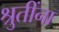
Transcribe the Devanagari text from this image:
श्रुतींना